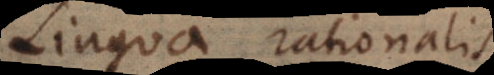
linguae rationalis